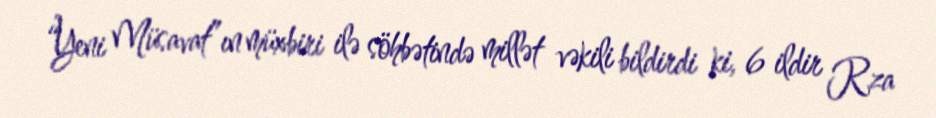
“Yeni Müsavat”ın müxbiri ilə söhbətində millət vəkili bildirdi ki, 6 ildir Rza